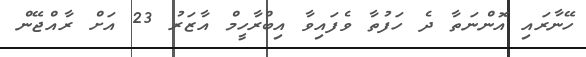
ހޭނާރައި އޮންނަތާ ދެ ހަފުތާ ވެފައިވާ އިބްރާހީމް އާޒަރު 23 އަށް ރާއްޖޭން